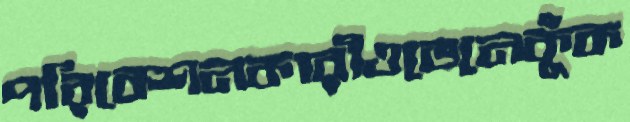
পরিবেশনকারীওভেনেকুঁক